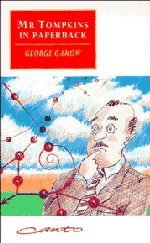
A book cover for Mr. Tompkins in Paperback; George Gamow; Science & Math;